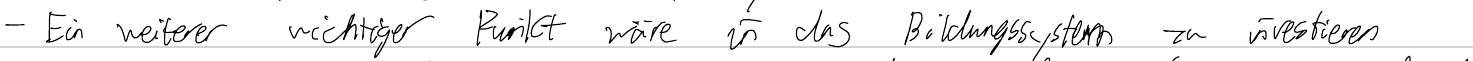
- Ein weiterer wichtiger Punkt wäre in das Bildungssystem zu investieren